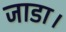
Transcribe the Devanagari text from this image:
जाडा।